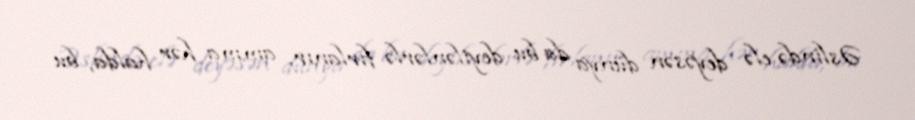
Əslində elə deyəsən dünya da bu deyilənlərlə fırlanır, amma hər halda, bu